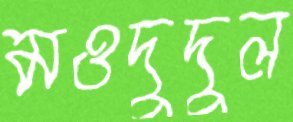
মওদুদুল